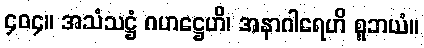
၄၀၄။ အသံသဋ္ဌံ ဂဟဋ္ဌေဟိ၊ အနာဂါရေဟိ စူဘယံ။